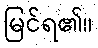
မြင်ရ၏။